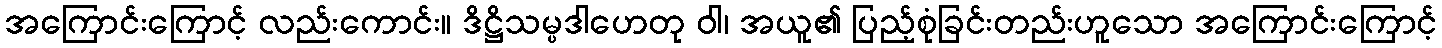
အကြောင်းကြောင့် လည်းကောင်း။ ဒိဋ္ဌိသမ္ပဒါဟေတု ဝါ၊ အယူ၏ ပြည့်စုံခြင်းတည်းဟူသော အကြောင်းကြောင့်